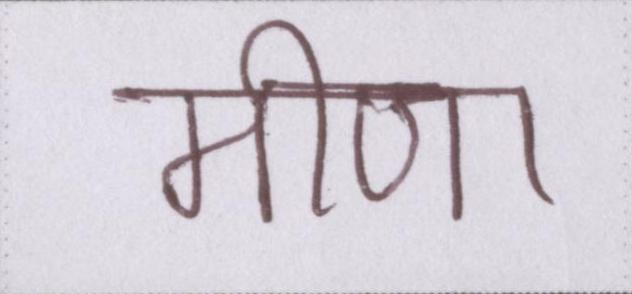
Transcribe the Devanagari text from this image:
मीणा